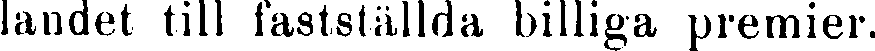
landet till fastställda billiga premier.